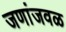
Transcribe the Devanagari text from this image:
जणांजवळ